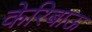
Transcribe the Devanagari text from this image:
केरिबाऊ